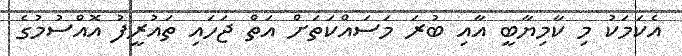
އެކަމަކު މި ކާމިޔާބީ އާއި ބުރަ މަސައްކަތަށް އަތް ޖަހައި ތައުރީފު އޮއްސުމުގެ